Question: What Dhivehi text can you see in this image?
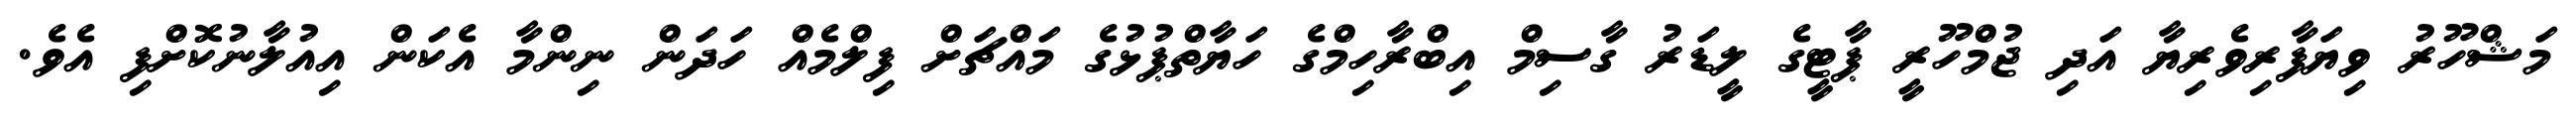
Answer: މަޝްހޫރު ވިޔަފާރިވެރިޔާ އަދި ޖުމްހޫރީ ޕާޓީގެ ލީޑަރު ގާސިމް އިބްރާހިމްގެ ހަޔާތްޕުޅުގެ މައްޗަށް ފިލްމެއް ހަދަން ނިންމާ އެކަން އިއުލާނުކޮށްފި އެވެ.